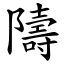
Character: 隯